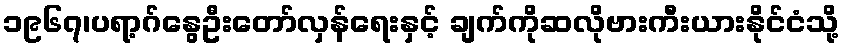
၁၉၆၇၊ပရာ့ဂ်နွေဦးတော်လှန်ရေးနှင့် ချက်ကိုဆလိုဗားကီးယားနိုင်ငံသို့